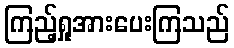
ကြည့်ရှုအားပေးကြသည်